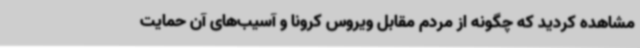
مشاهده کردید که چگونه از مردم مقابل ویروس کرونا و آسیب‌های آن حمایت